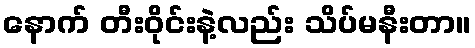
နောက် တီးဝိုင်းနဲ့လည်း သိပ်မနီးတာ။